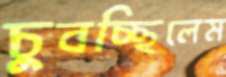
চুবচ্ছিলেম